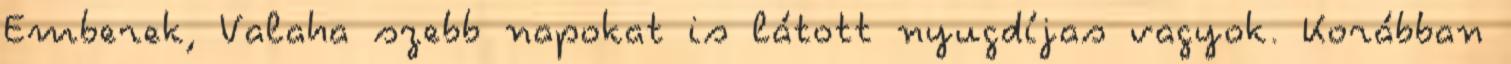
Emberek, Valaha szebb napokat is látott nyugdíjas vagyok. Korábban